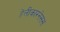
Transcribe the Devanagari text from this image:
हेलीकारनेसस